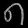
Digit: ၈